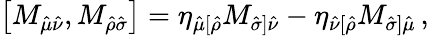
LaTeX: \left[M_{\hat{\mu}\hat{\nu}},M_{\hat{\rho}\hat{\sigma}}\right]=\eta_{\hat{\mu}[\hat{\rho}}M_{\hat{\sigma}]\hat{\nu}}-\eta_{\hat{\nu}[\hat{\rho}}M_{\hat{\sigma}]\hat{\mu}}\, ,